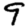
Digit: 9